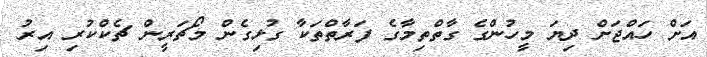
އަށް ހައްޖަށް ދިޔަ މީހުންގެ ގާތްތިމާގެ ފަރާތްތަކާ ގުޅިގެން މޯޗަރީން ޗެކްކުރި އިރު